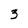
Character: 3